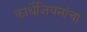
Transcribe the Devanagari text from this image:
कार्थेजियनांचा